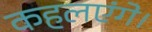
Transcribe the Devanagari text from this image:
कहलएंगे।